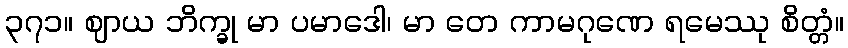
၃၇၁။ ဈာယ ဘိက္ခု မာ ပမာဒေါ၊ မာ တေ ကာမဂုဏေ ရမေဿု စိတ္တံ။